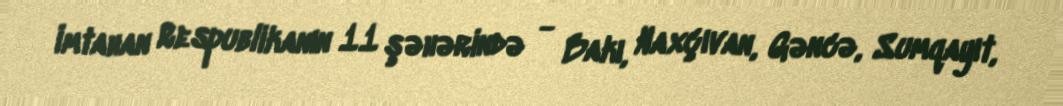
İmtahan Respublikanın 11 şəhərində - Bakı, Naxçıvan, Gəncə, Sumqayıt,